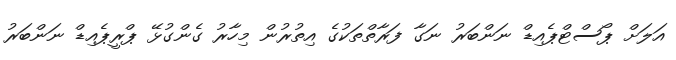
އަލަށް ޕޯސްޓްޕެއިޑް ނަންބަރު ނަގާ ފަރާތްތަކުގެ އިތުރުން މިހާރު ގެންގުޅޭ ޕްރީޕެއިޑް ނަންބަރު